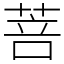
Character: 菩